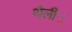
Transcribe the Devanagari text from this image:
थैली।